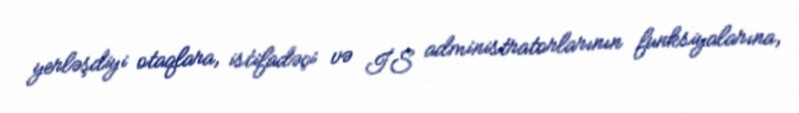
yerləşdiyi otaqlara, istifadəçi və İS administratorlarının funksiyalarına,